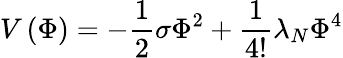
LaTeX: V\left(\Phi\right)=-\frac 12\sigma\Phi^{2}+\frac 1{4!}\lambda_{N}\Phi^{4}